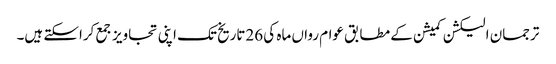
ترجمان الیکشن کمیشن کے مطابق عوام رواں ماہ کی 26تاریخ تک اپنی تجاویز جمع کراسکتے ہیں۔